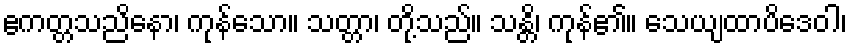
ဧကတ္တသညိနော၊ ကုန်သော။ သတ္တာ၊ တို့သည်။ သန္တိ၊ ကုန်၏။ သေယျထာပိဒေဝါ၊